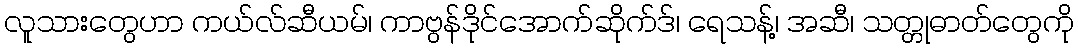
လူသားတွေဟာ ကယ်လ်ဆီယမ်၊ ကာဗွန်ဒိုင်အောက်ဆိုက်ဒ်၊ ရေသန့်၊ အဆီ၊ သတ္တုဓာတ်တွေကို